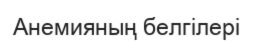
Анемияның белгілері